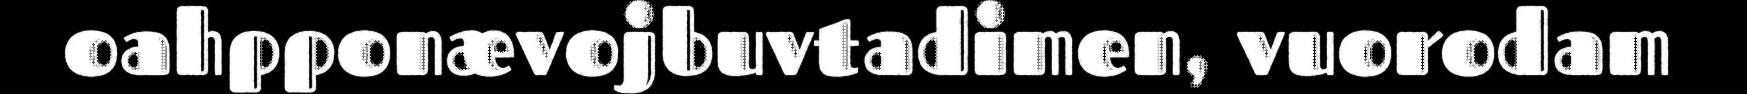
oahpponævojbuvtadimen, vuorodam